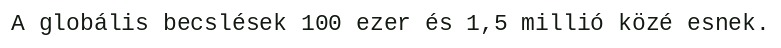
A globális becslések 100 ezer és 1,5 millió közé esnek.